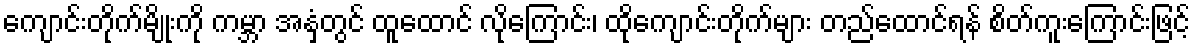
ကျောင်းတိုက်မျိုးကို ကမ္ဘာ အနှံ့တွင် ထူထောင် လိုကြောင်း၊ ထိုကျောင်းတိုက်များ တည်ထောင်ရန် စိတ်ကူးကြောင်းဖြင့်